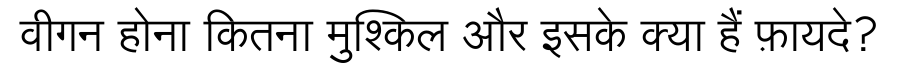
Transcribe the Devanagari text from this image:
वीगन होना कितना मुश्किल और इसके क्या हैं फ़ायदे?